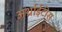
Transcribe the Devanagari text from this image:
अर्थ्राईटीस